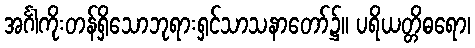
အင်္ဂါကိုးတန်ရှိသောဘုရားရှင်သာသနာတော်၌။ ပရိယတ္တိဓရော၊